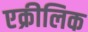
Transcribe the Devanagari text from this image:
एक्रीलिक